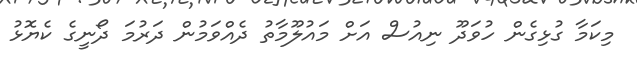
މިކަމާ ގުޅިގެން ހުވަދޫ ނިއުސް އަށް މައުލޫމާތު ދެއްވަމުން ދަރުމަ ދޯނީގެ ކެޔޮޅު